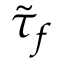
\tilde { \tau } _ { f }